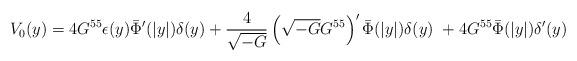
LaTeX: \begin{align*}V_{0}(y)=4G^{55}\epsilon(y)\bar{\Phi}'(|y|)\delta(y)+\frac{4}{\sqrt{-G}}\left(\sqrt{-G}G^{55}\right)'\bar{\Phi}(|y|)\delta(y)\ +4G^{55}\bar{\Phi}(|y|)\delta'(y)\end{align*}